Madras plague regulations and rules for district municipalities and other towns and villages
Disease focus: Plague
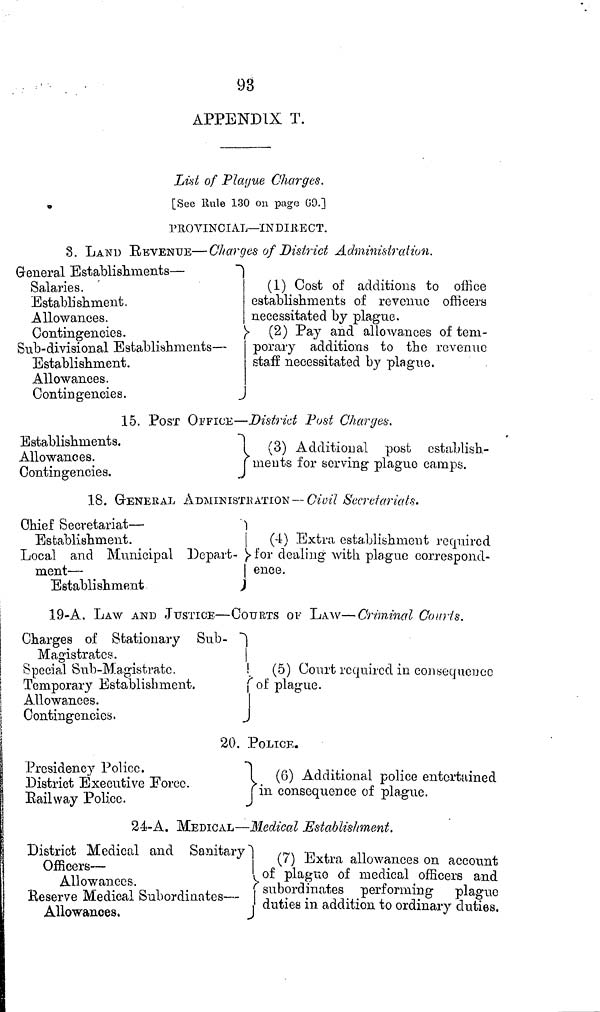
98
APPENDIX T.
List of Plague Charges.
[See Rule 130 on page 69.]
PROVINCIAL—INDIRECT.
8. LAND REVENUE—Charges of District Administration.
General Establishments —
Salaries.
Establishment.
Allowances.
Contingencies.
Sub-divisional Establishments —
Establishment.
Allowances.
Contingencies.
(1) Cost of additions to office
establishments of revenue officers
necessitated by plague.
> (2) Pay and allowances of tem-
porary additions to the revenue
stafí necessitated by plague.
15. POST OFFICE—District Post Charges.
Establishments.
Allowances.
Contingencies.
(
3) Additional post establish-
ments for serving plague camps.
18. GENERAL adminiSTRATION— Civil Secretariats.
Chief Secretariat —
Establishment.
(4) Extra establishment required
Local and Municipal Depart- for dealing with plague correspond-
ment —
ence.
Establishment
19-A. LAW AND JUSTICE—COURTS OF LAW—Criminal Courts.
Charges of Stationary Sub-
Magistrates.
|
Special Sub-Magistrate.
Temporary Establishment.
Allowances.
Contingencies.
(5) Court required in consequence
of plague.
20. POLICE.
Presidency Police.
District Executive Force.
Railway Police.
(6) Additional police entertained
in consequence of plague.
24-A. MEDICAL—Medical Establishment.
District Medical and Sanitary
Officers —
Allowances.
Reserve Medical Subordinates —
Allowances,
(7) Extra allowances on account
of plague of medical officers and
subordinates
performing plague
duties in addition to ordinary duties.